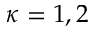
\kappa = 1 , 2